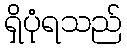
ရှိပုံရသည်